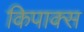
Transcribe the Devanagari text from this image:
किपाक्स